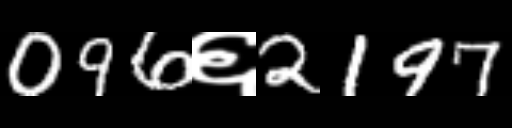
Text: 096६2197